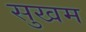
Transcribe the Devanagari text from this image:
सुखम